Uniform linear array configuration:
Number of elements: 48
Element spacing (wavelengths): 0.75
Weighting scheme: blackman
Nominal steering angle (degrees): -45
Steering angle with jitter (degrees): -44.017
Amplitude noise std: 0.05
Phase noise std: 0.05

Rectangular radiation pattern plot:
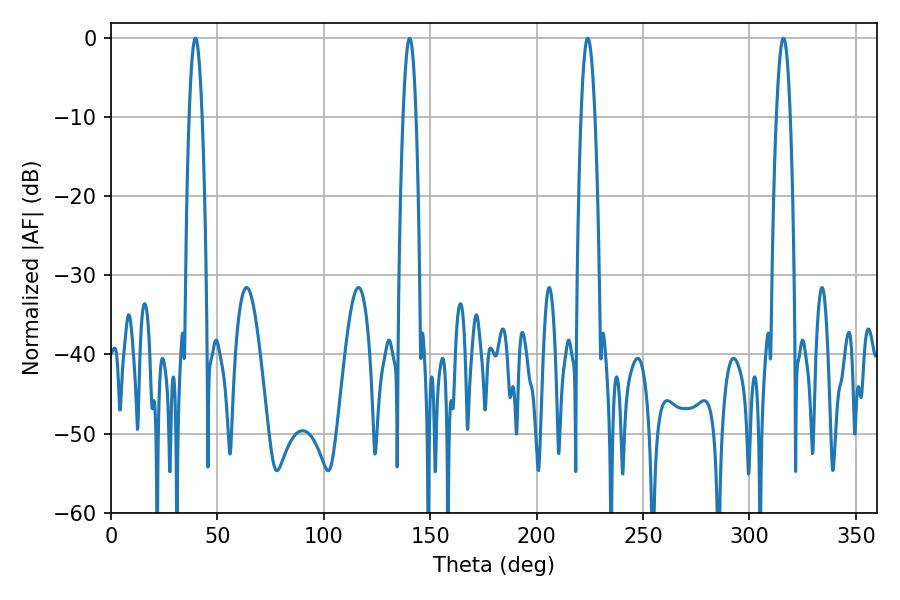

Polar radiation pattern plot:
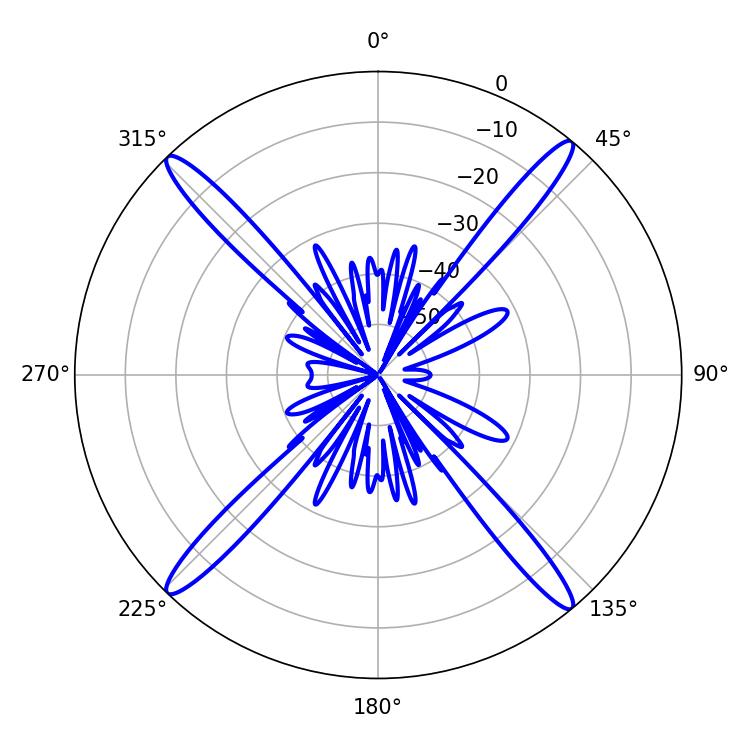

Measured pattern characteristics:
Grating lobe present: TRUE
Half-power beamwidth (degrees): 3.42
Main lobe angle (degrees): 39.6